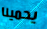
يحمينا